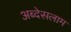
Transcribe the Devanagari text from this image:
अब्देसलाम